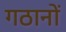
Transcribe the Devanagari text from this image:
गठानों